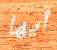
أيها